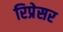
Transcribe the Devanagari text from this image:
रिप्रेसर